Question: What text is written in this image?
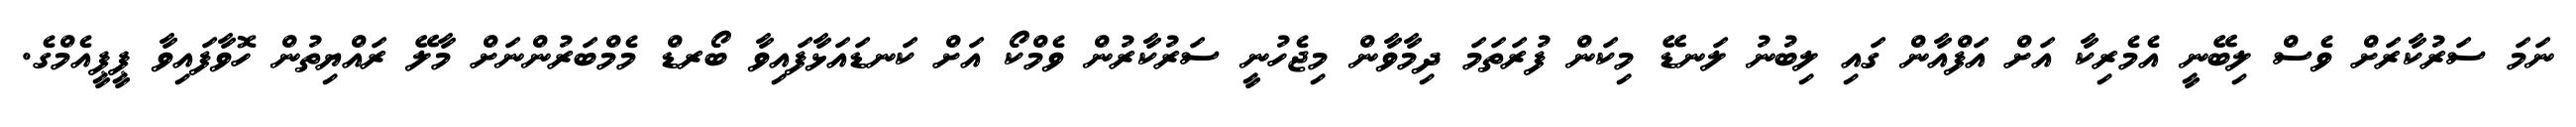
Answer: ނަމަ ސަރުކާރަށް ވެސް ލިބޭނީ އެމެރިކާ އަށް އަފްއާން ގައި ލިބުނު ލަނޑޭ މިކަން ފުރަތަމަ ދިމާވާން މިޖެހުނީ ސަރުކާރުން ވެމްކޯ އަށް ކަނޑައަޅާފައިވާ ބޯރޑް މެމްބަރުންނަށް މާލޭ ރައްޔިތުން ހޮވާފައިވާ ޕީޕީއެމްގެ.